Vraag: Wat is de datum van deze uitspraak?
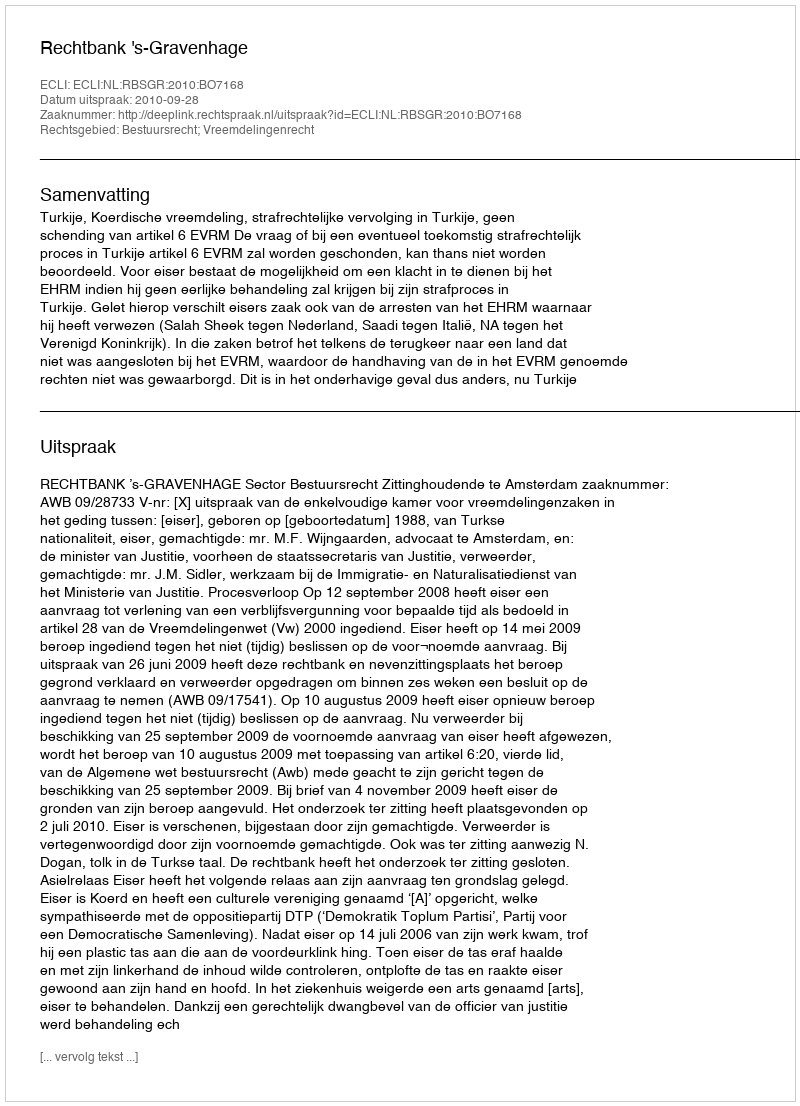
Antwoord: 2010-09-28